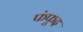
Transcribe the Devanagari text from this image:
फंफूद